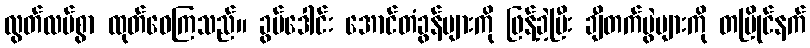
လွတ်လပ်စွာ ထုတ်ဝေကြသည်။ ခွပ်ဒေါင်း အောင်တံခွန်များကို ဖြန့်ခဲ့ပြီး ချီတက်ပွဲများကို တပြိုင်နက်